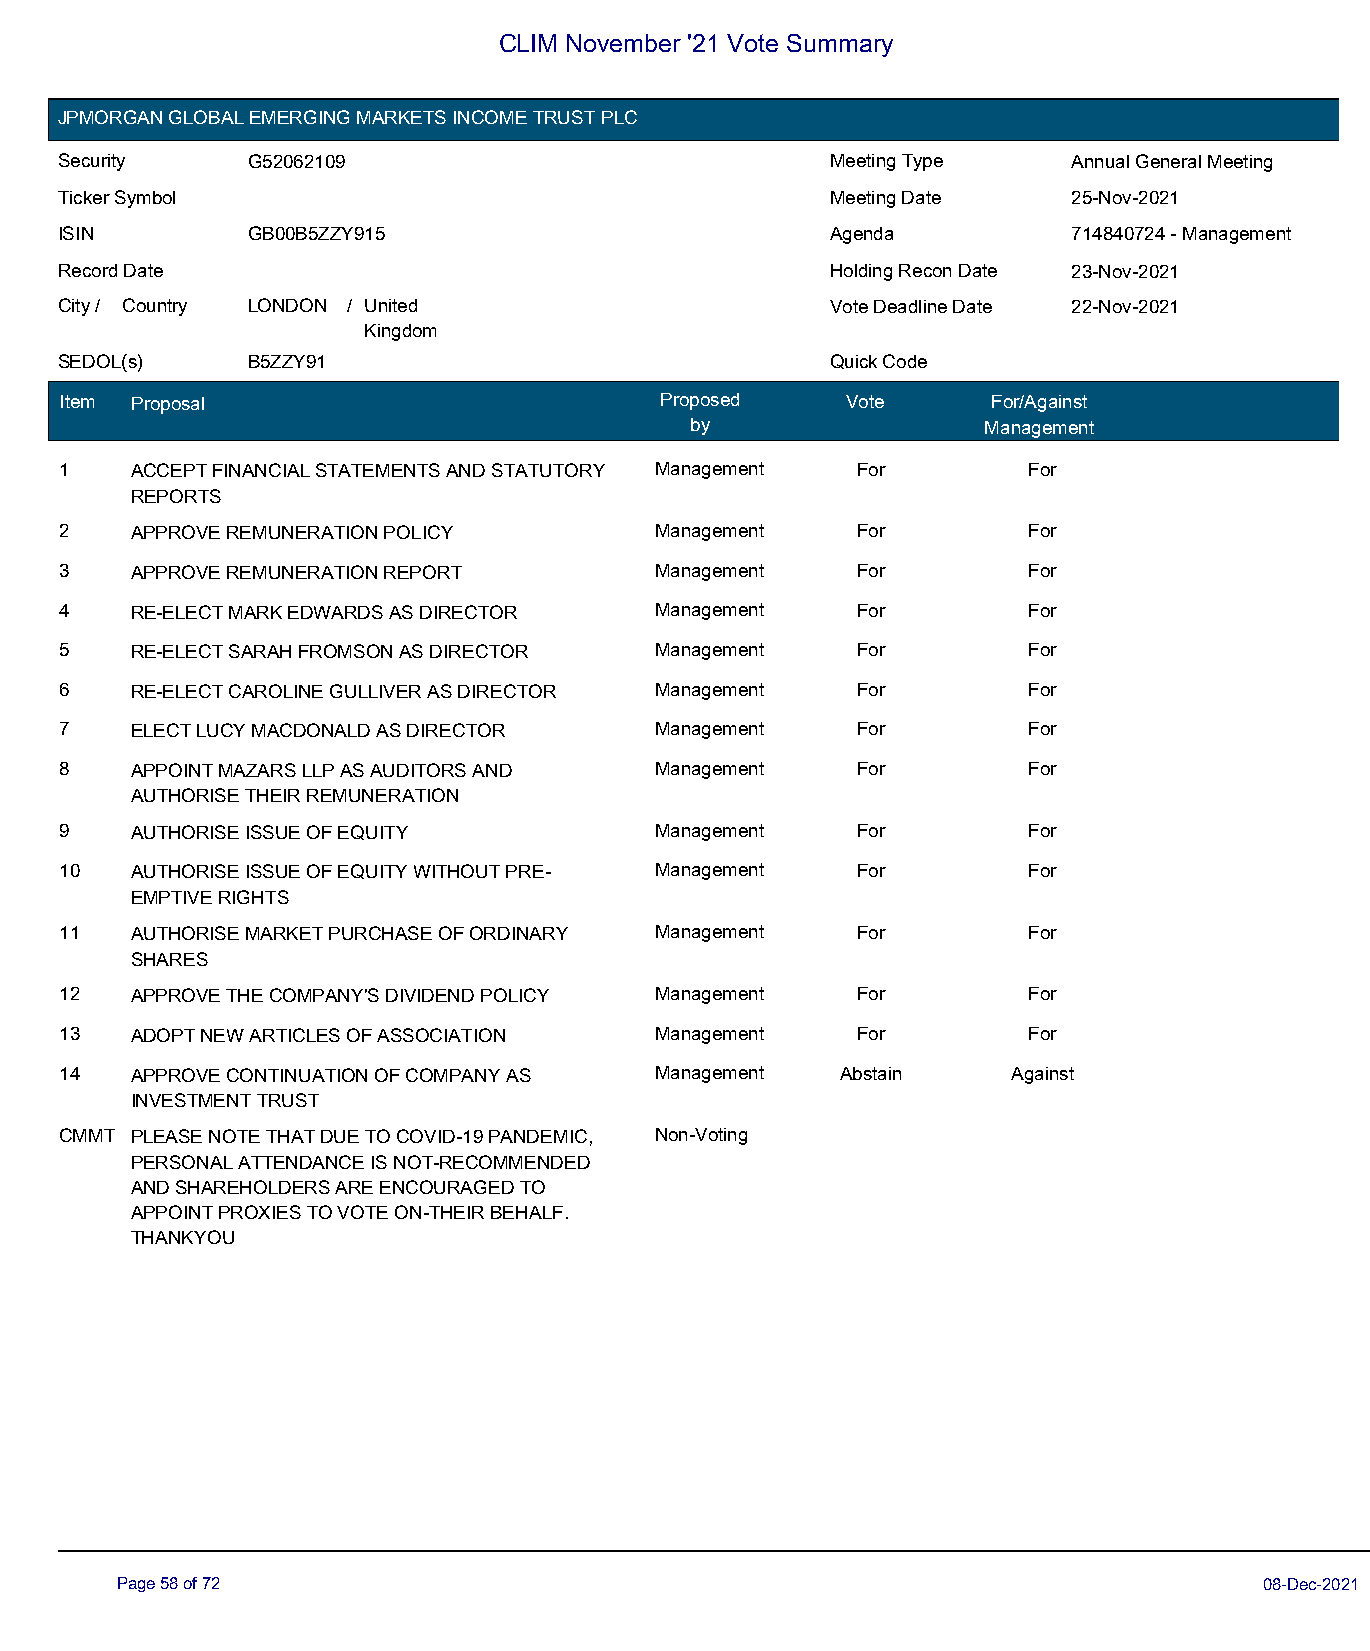
CLIM November '21 Vote Summary
 JPMORGAN GLOBAL EMERGING MARKETS INCOME TRUST PLC
 Security    G52062109                              Meeting Type    Annual General Meeting
 Ticker Symbol                                      Meeting Date    25-Nov-2021
 ISIN        GB00B5ZZY915                           Agenda          714840724 - Management
 Record Date                                        Holding Recon Date 23-Nov-2021
 City / Country LONDON / United                     Vote Deadline Date 22-Nov-2021
 Kingdom
 SEDOL(s)    B5ZZY91                                Quick Code
 Item Proposal                           Proposed    Vote      For/Against
 by                 Management
 1    ACCEPT FINANCIAL STATEMENTS AND STATUTORY Management For   For
 REPORTS
 2    APPROVE REMUNERATION POLICY       Management    For        For
 3    APPROVE REMUNERATION REPORT       Management    For        For
 4    RE-ELECT MARK EDWARDS AS DIRECTOR Management    For        For
 5    RE-ELECT SARAH FROMSON AS DIRECTOR Management   For        For
 6    RE-ELECT CAROLINE GULLIVER AS DIRECTOR Management For      For
 7    ELECT LUCY MACDONALD AS DIRECTOR  Management    For        For
 8    APPOINT MAZARS LLP AS AUDITORS AND Management   For        For
 AUTHORISE THEIR REMUNERATION
 9    AUTHORISE ISSUE OF EQUITY         Management    For        For
 10   AUTHORISE ISSUE OF EQUITY WITHOUT PRE- Management For      For
 EMPTIVE RIGHTS
 11   AUTHORISE MARKET PURCHASE OF ORDINARY Management For       For
 SHARES
 12   APPROVE THE COMPANY'S DIVIDEND POLICY Management For       For
 13   ADOPT NEW ARTICLES OF ASSOCIATION Management    For        For
 14   APPROVE CONTINUATION OF COMPANY AS Management  Abstain    Against
 INVESTMENT TRUST
 CMMT PLEASE NOTE THAT DUE TO COVID-19 PANDEMIC, Non-Voting
 PERSONAL ATTENDANCE IS NOT-RECOMMENDED
 AND SHAREHOLDERS ARE ENCOURAGED TO
 APPOINT PROXIES TO VOTE ON-THEIR BEHALF.
 THANKYOU
 Page 58 of 72                                                               08-Dec-2021